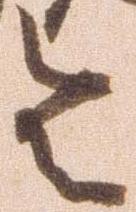
令